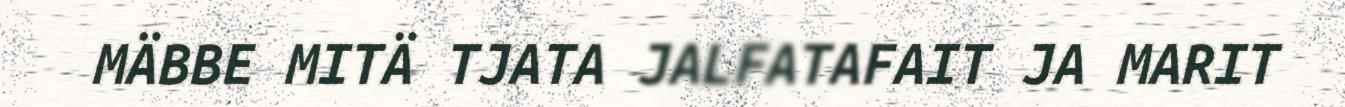
MÄBBE MITÄ TJATA JALFATAFAIT JA MARIT